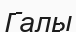
Галы